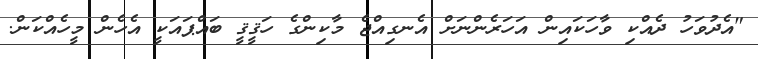
"އެދުވަހު ދެއްކި ވާހަކައިން އަހަރެންނަށް އެނގިއްޖެ މާކިންގެ ހަޤީޤީ ބައްޕައަކީ އެހެން މީހެއްކަން.